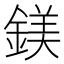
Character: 鎂